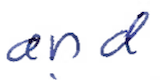
Text: and
Cross-out: clean
Writing tool: ballpoint